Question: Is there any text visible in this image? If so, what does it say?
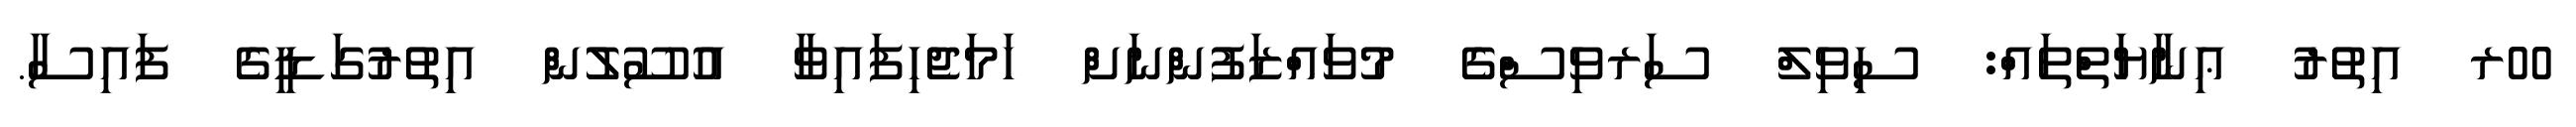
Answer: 00ރ އިތުރު ޢިނާޔަތްތައް: ސިވިލް ސަރވިސްގެ މުވައްޒަފުންނަށް ހަމަޖެހިފައިވާ އުސޫލުން އިތުރުގަޑީގެ ފައިސާ.